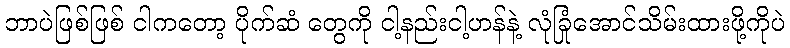
ဘာပဲဖြစ်ဖြစ် ငါကတော့ ပိုက်ဆံ တွေကို ငါ့နည်းငါ့ဟန်နဲ့ လုံခြုံအောင်သိမ်းထားဖို့ကိုပဲ